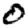
Digit: 0